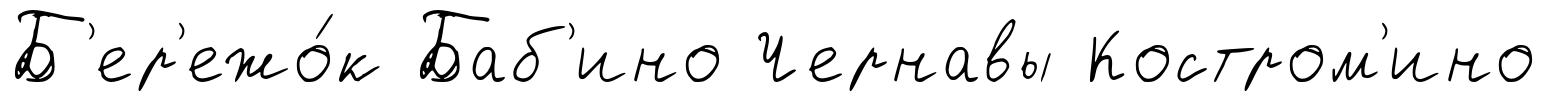
Б'ер'ежо́к Баб'ино Чернавы Костром'ино